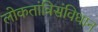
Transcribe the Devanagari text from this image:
लोकतांत्रिसंविधान